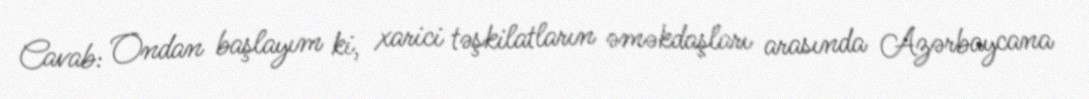
Cavab: Ondan başlayım ki, xarici təşkilatların əməkdaşları arasında Azərbaycana